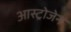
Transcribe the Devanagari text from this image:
आस्ट्रोजेन